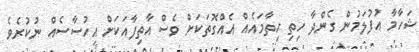
ޝަހާމާ އުފުލަމުން ގެންދާ ހިތި ހިތާމައެއް އެއްގޮތަކަށް ވެސް އާތިފާއަކަށް އިހުސާސެއް ނުކުރެވެ